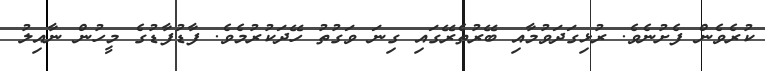
ކުރެވެން ފެށުނެވެ. ރުޅިގަދަވުމާއި ބޭރުތެރޭގައި ގިނަ ވަގުތު ހޭދަކުރުމެވެ. ފާޑުފާޑުގެ މީހުން ނާއިލު